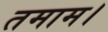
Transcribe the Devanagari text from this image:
तमाम।